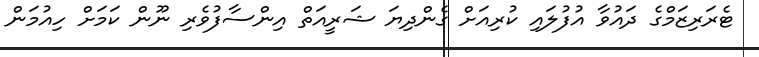
ޓެރަރިޒަމްގެ ދައުވާ އުފުލައި ކުރިއަށް ގެންދިޔަ ޝަރީއަތް އިންސާފުވެރި ނޫން ކަމަށް ހިއުމަން